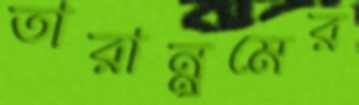
তারান্নুমের